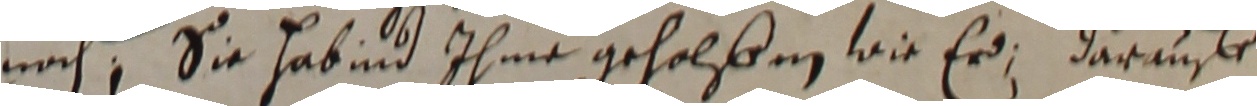
nach sie habind ihme geholßen, wie er, darauff